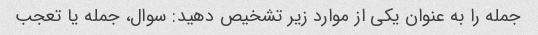
جمله را به عنوان یکی از موارد زیر تشخیص دهید: سوال، جمله یا تعجب